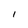
Character: I